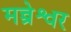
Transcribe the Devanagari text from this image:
मन्त्रेश्वर